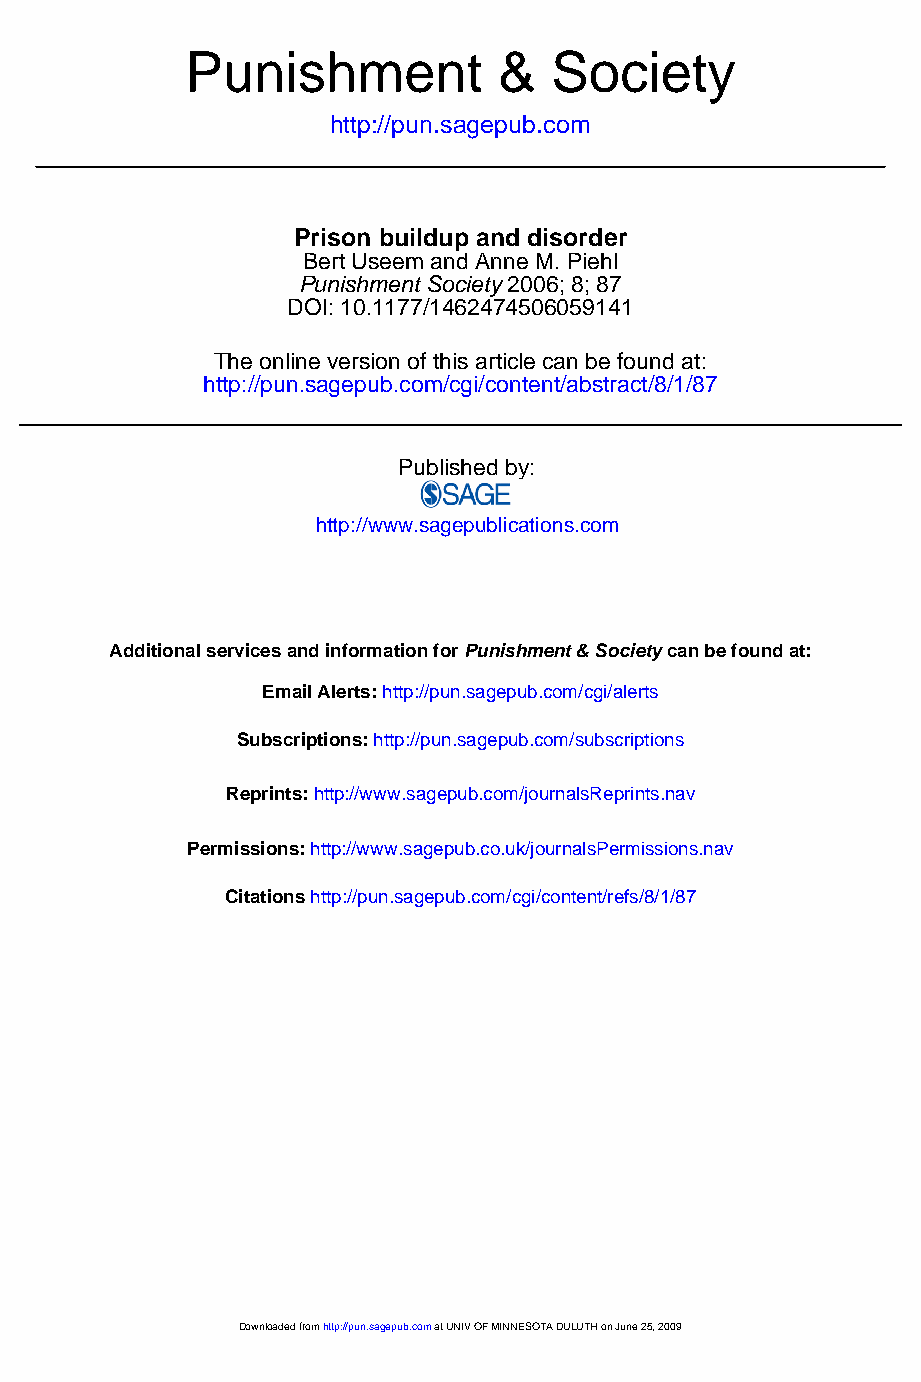
Punishment           &  Society
 http://pun.sagepub.com
 Prison buildup and disorder
 Bert Useem and Anne M. Piehl
 Punishment Society 2006; 8; 87
 DOI: 10.1177/1462474506059141
 The online version of this article can be found at:
 http://pun.sagepub.com/cgi/content/abstract/8/1/87
 Published by:
 http://www.sagepublications.com
 Additional services and information for Punishment & Society can be found at:
 Email Alerts: http://pun.sagepub.com/cgi/alerts
 Subscriptions: http://pun.sagepub.com/subscriptions
 Reprints: http://www.sagepub.com/journalsReprints.nav
 Permissions: http://www.sagepub.co.uk/journalsPermissions.nav
 Citations http://pun.sagepub.com/cgi/content/refs/8/1/87
 Downloaded from http://pun.sagepub.com at UNIV OF MINNESOTA DULUTH on June 25, 2009